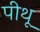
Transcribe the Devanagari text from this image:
पीथू